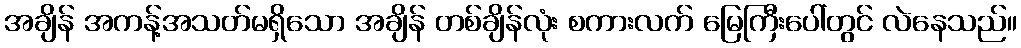
အချိန် အကန့်အသတ်မရှိသော အချိန် တစ်ချိန်လုံး စကားလက် မြေကြီးပေါ်တွင် လဲနေသည်။